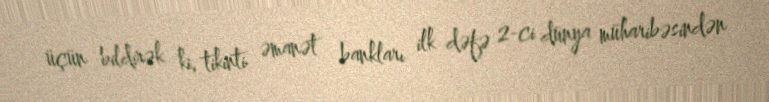
üçün bildirək ki, tikinti əmanət bankları ilk dəfə 2-ci dünya müharibəsindən